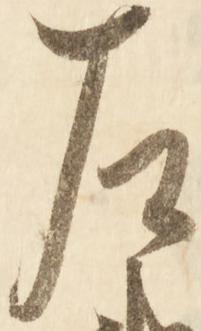
左